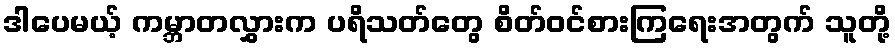
ဒါပေမယ့် ကမ္ဘာတလွှားက ပရိသတ်တွေ စိတ်ဝင်စားကြရေးအတွက် သူတို့